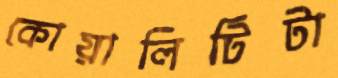
কোয়ালিটিটা